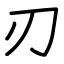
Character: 刃